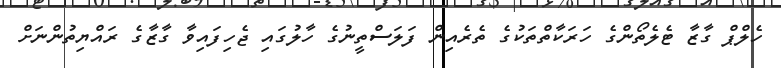
ހެލްޕް ގާޒާ ޓެލެތޯންގެ ހަރަކާތްތަކުގެ ތެރެއިން ފަލަސްތީނުގެ ހާލުގައި ޖެހިފައިވާ ގާޒާގެ ރައްޔިތުންނަށް